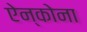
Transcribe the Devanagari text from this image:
ऐन्कोना